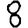
Digit: 8